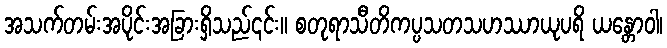
အသက်တမ်းအပိုင်းအခြားရှိသည်၎င်း။ စတုရာသီတိကပ္ပသတသဟဿာယုပရိ ယန္တောဝါ၊